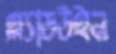
গ্ল্যাডউইন